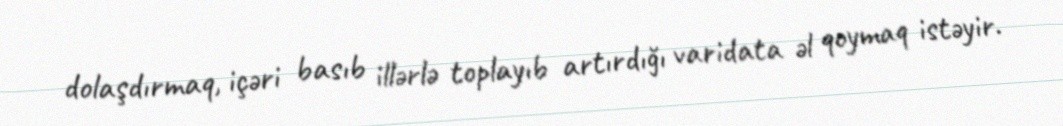
dolaşdırmaq, içəri basıb illərlə toplayıb artırdığı varidata əl qoymaq istəyir.